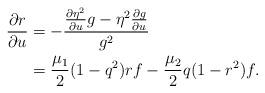
LaTeX: \begin{align*}\begin{aligned} \frac{\partial r}{\partial u}&=-\frac{\frac{\partial\eta^2}{\partial u}g-\eta^2\frac{\partial g}{\partial u}}{g^2}\\ &=\frac{\mu_1}{2}(1-q^2)rf-\frac{\mu_2}{2}q(1-r^2)f. \end{aligned} \end{align*}